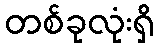
တစ်ခုလုံးရှိ